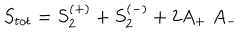
LaTeX: S _ { t o t } = S _ { 2 } ^ { ( + ) } + S _ { 2 } ^ { ( - ) } + 2 A _ { + } \; A _ { - }